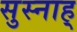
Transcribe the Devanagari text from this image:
सुस्नाह्